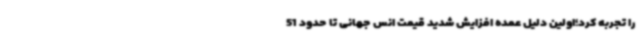
را تجربه کرد؛اولین دلیل عمده افزایش شدید قیمت انس جهانی تا حدود 51